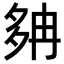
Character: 𡖝